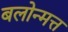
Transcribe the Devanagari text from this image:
बलोन्मत्त